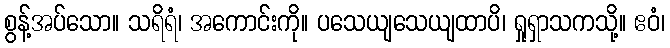
စွန့်အပ်သော။ သရိရံ၊ အကောင်းကို။ ပသေယျသေယျထာပိ၊ ရှုရှာသကသို့။ ဧဝံ၊